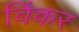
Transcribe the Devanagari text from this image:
विंकर